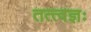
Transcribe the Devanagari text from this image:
तत्त्वज्ञः